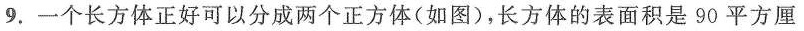
9.一个长方体正好可以分成两个正方体(如图)，长方体的表面积是90平方厘